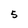
Character: 5